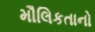
મૌલિકતાનો